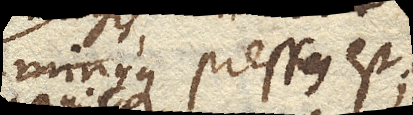
magisque pressus est;